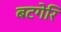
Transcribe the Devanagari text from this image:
बटगेरि